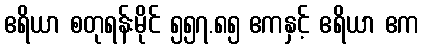
ဧရိယာ စတုရန်းမိုင် ၅၅၇.၈၅ ဧကနှင့် ဧရိယာ ဧက